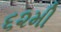
૬૨મી